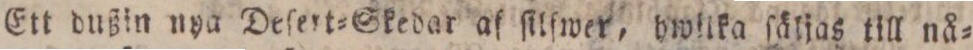
Ett dußin nya Deſer=Skedar af ſilſwer, hwlika ſäljas till nå=